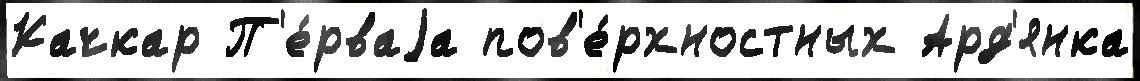
Качкар П'е́рваjа пов'е́рхностных Ард'янка